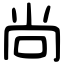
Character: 尚